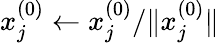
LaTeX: x_{j}^{(0)}\leftarrow x_{j}^{(0)}/\| x_{j}^{(0)}\|